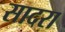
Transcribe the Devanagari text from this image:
सादरा